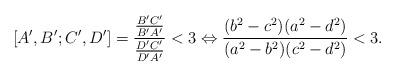
LaTeX: \begin{align*}[A',B';C',D']=\frac{\frac{B'C'}{B'A'}}{\frac{D'C'}{D'A'}}<3 \Leftrightarrow \frac{(b^2-c^2)(a^2-d^2)}{(a^2-b^2)(c^2-d^2)}<3.\end{align*}